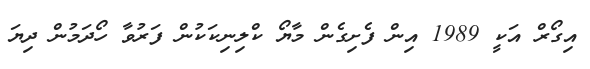
އިގޯރް އަކީ 1989 އިން ފެށިގެން މާޔޯ ކްލިނިކަކުން ފަރުވާ ހޯދަމުން ދިޔަ